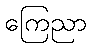
ကြေညာ